38_143685_box_Incident_Summaries_101-172
Agency: Department of War
Page 45
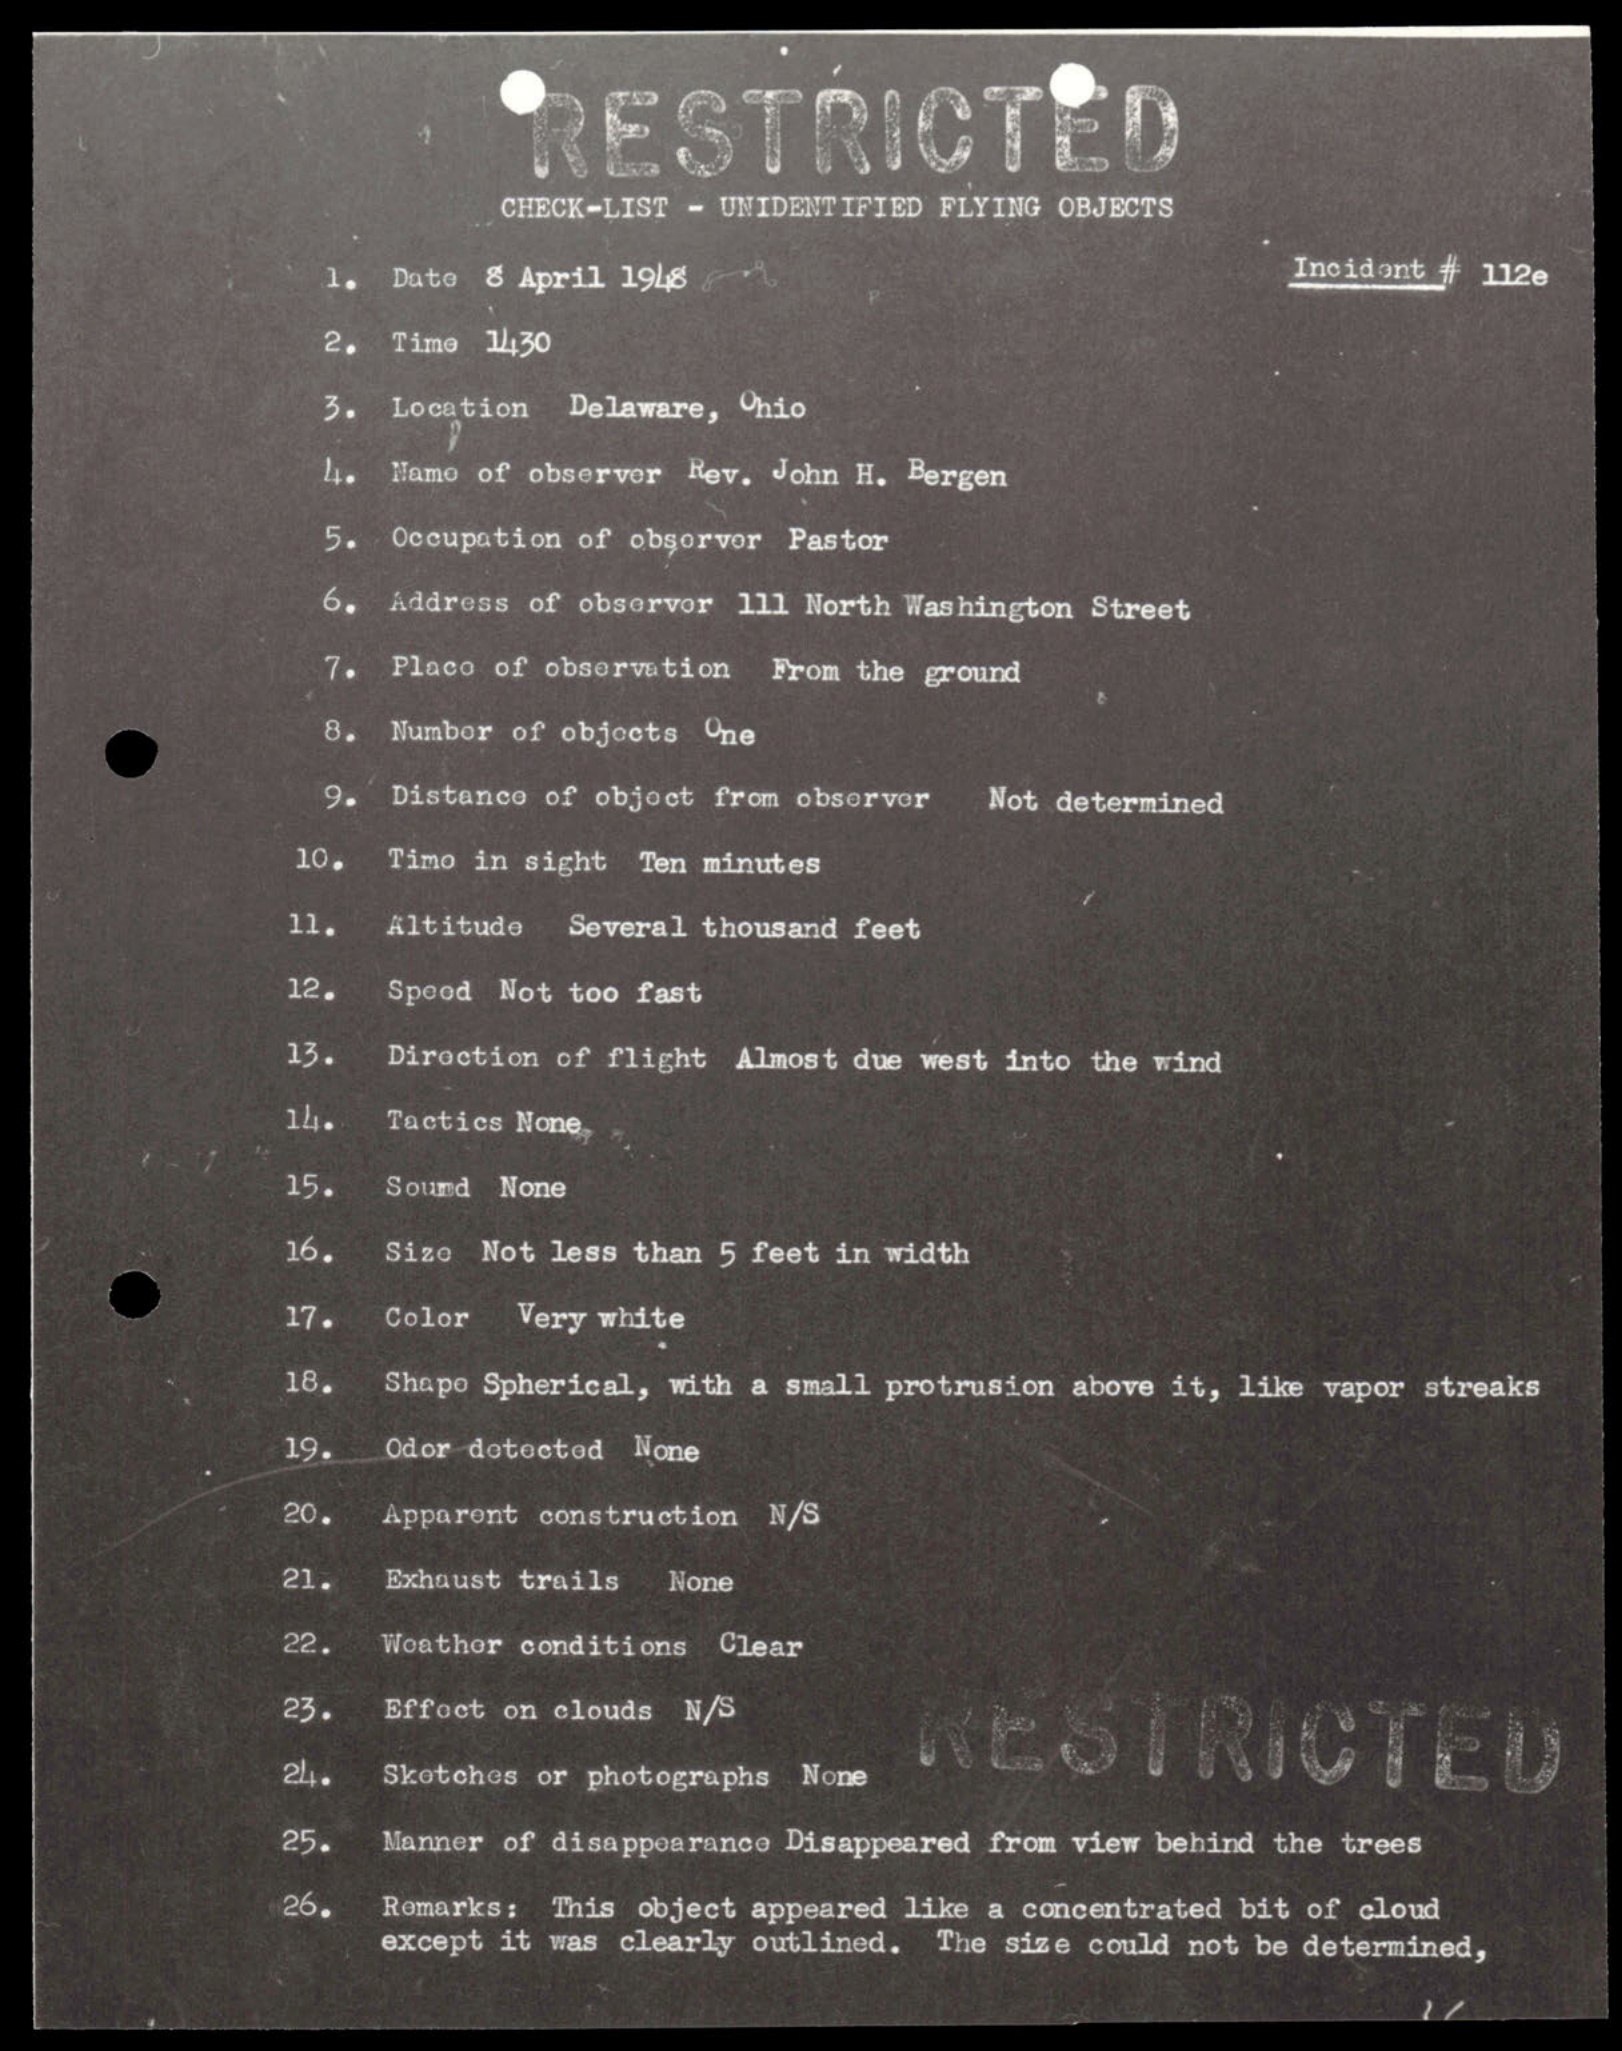